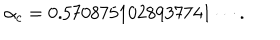
LaTeX: \alpha _ { c } = 0 . 5 7 0 8 7 5 1 0 2 8 9 3 7 7 4 1 \cdots .